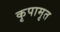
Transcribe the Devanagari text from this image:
कृपामृत